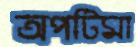
অপটিমা